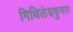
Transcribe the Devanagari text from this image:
मिथिलेशकुमार